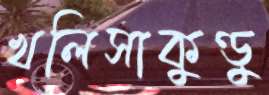
খলিসাকুণ্ডু